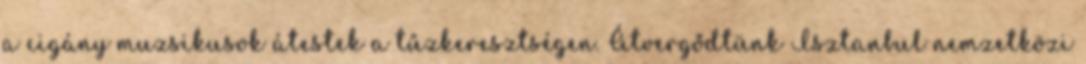
a cigány muzsikusok átestek a tűzkeresztségen. Átvergődtünk Isztanbul nemzetközi